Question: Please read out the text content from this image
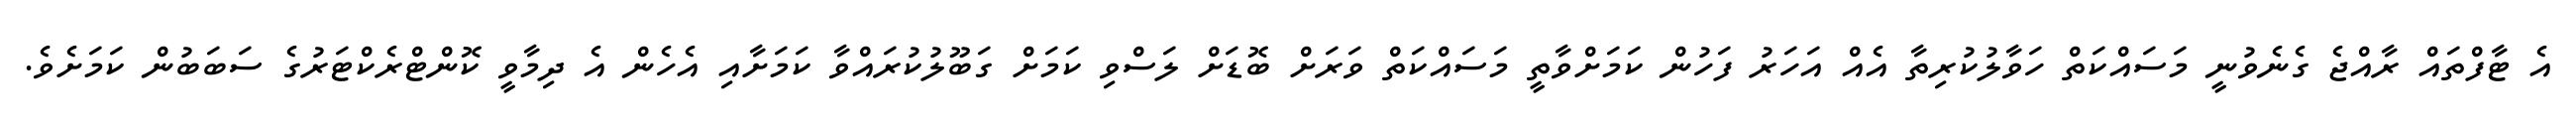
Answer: އެ ޓާފްތައް ރާއްޖެ ގެނެވުނީ މަސައްކަތް ހަވާލުކުރިތާ އެއް އަހަރު ފަހުން ކަމަށްވާތީ މަސައްކަތް ވަރަށް ބޮޑަށް ލަސްވި ކަމަށް ގަބޫލުކުރައްވާ ކަމަށާއި އެހެން އެ ދިމާވީ ކޮންޓްރެކްޓަރުގެ ސަބަބުން ކަމަށެވެ.